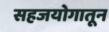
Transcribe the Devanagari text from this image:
सहजयोगातून